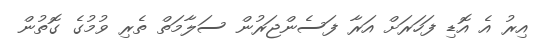
އިރު އެ އޮޑި ފަހަރަށް އަރާ ފަސެންޖަރުން ސަލާމަތް ތެރި ވުމުގެ ގޮތުން